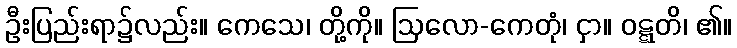
ဦးပြည်းရာ၌လည်း။ ကေသေ၊ တို့ကို။ ဩလော-ကေတုံ၊ ငှာ။ ဝဋ္ဋတိ၊ ၏။